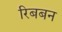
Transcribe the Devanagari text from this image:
रिबबन